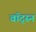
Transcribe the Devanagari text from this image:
वॉट्स्न